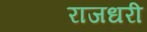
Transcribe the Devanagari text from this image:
राजधरी